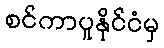
စင်ကာပူနိုင်ငံမှ